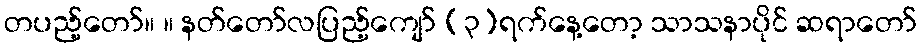
တပည့်တော်။ ။ နတ်တော်လပြည့်ကျော် (၃)ရက်နေ့တော့ သာသနာပိုင် ဆရာတော်